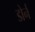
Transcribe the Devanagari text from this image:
डोर्न